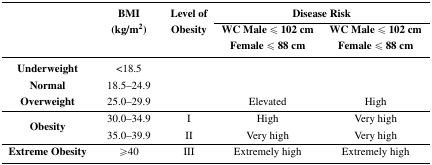
<table><thead><tr><td rowspan="2"></td><td rowspan="2"><b>BMI (kg/m<sup>2</sup>)</b></td><td rowspan="2"><b>Level of Obesity</b></td><td colspan="2"><b>Disease Risk</b></td></tr><tr><td><b>WC Male ≤ 102 cm Female ≤ 88 cm</b></td><td><b>WC Male ≤ 102 cm Female ≤ 88 cm</b></td></tr></thead><tbody><tr><td><b>Underweight</b></td><td>&lt;18.5</td><td></td><td></td><td></td></tr><tr><td><b>Normal</b></td><td>18.5–24.9</td><td></td><td></td><td></td></tr><tr><td><b>Overweight</b></td><td>25.0–29.9</td><td></td><td>Elevated</td><td>High</td></tr><tr><td rowspan="2"><b>Obesity</b></td><td>30.0–34.9</td><td>I</td><td>High</td><td>Very high</td></tr><tr><td>35.0–39.9</td><td>II</td><td>Very high</td><td>Very high</td></tr><tr><td><b>Extreme Obesity</b></td><td>≥40</td><td>III</td><td>Extremely high</td><td>Extremely high</td></tr></tbody></table>